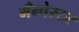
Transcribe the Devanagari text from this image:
मँन्चेस्टर